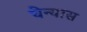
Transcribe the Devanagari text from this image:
घेन्यास